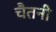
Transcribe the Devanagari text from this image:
चैतनी